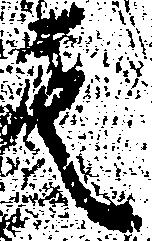
其